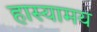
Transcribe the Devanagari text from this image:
हास्यामय